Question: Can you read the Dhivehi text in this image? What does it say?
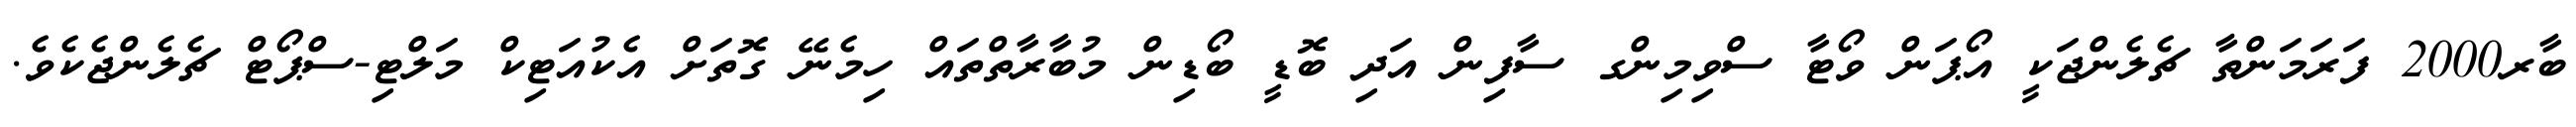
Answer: ބާރ2000 ފަރަމަންތާ ޗެލެންޖަކީ އޯޕަން ވޯޓާ ސްވިމިންގ ސާފިން އަދި ބޮޑީ ބޯޑިން މުބާރާތްތައް ހިމެނޭ ގޮތަށް އެކުއަޓިކް މަލްޓި-ސްޕޯޓް ޗެލެންޖެކެވެ.